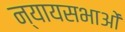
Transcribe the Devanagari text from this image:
न्यायसभाओं